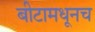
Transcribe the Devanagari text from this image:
बीटामधूनच